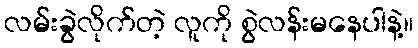
လမ်းခွဲလိုက်တဲ့ လူကို စွဲလန်းမနေပါနဲ့။